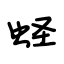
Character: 蛏